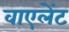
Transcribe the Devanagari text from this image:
वाएलेंट